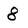
Character: 8